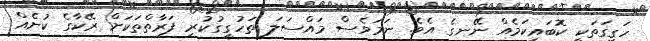
ހަގީގަތަކީ ކޮބައިކަމެއް ނޭނގެ އެވެ. ނަމަވެސް މައްސަލަ ތަހުގީގުކުރި ފަރާތްތަކަށް ރޭކާގެ ކުށެއް